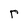
Character: r